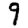
Digit: 9